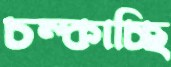
চম্‌কাচ্ছি